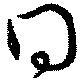
得